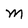
Character: M